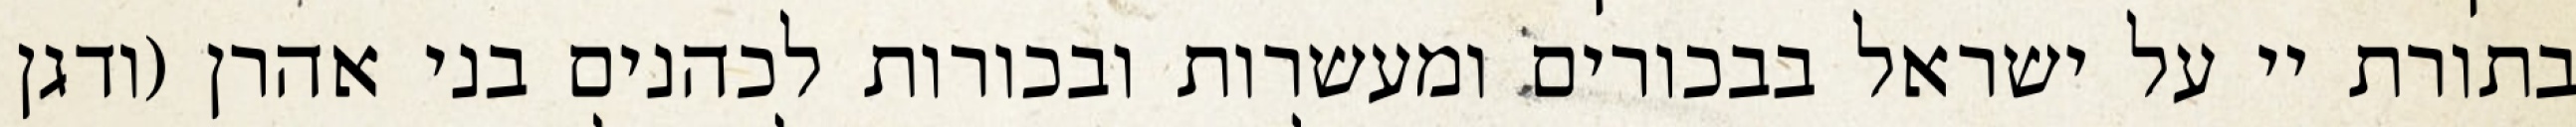
בתורת יי על ישראל בבכורים ומעשרות ובכורות לכהנים בני אהרן (ודגן